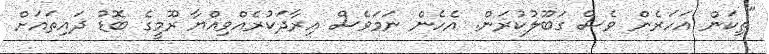
"ތިކަން އަހަރެން ވެސް ގަބޫލުކުރަން. އެހެން ނަމަވެސް އިރާދަކުރެއްވިއްޔާ ރޫމީގެ ބޮޑު ދައިތައަށް